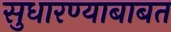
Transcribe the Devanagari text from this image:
सुधारण्याबाबत